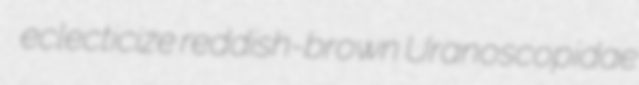
eclecticize reddish-brown Uranoscopidae